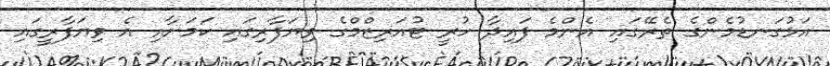
އަޅުގަނޑުމެންގެ ތެރޭގައި އެންމެ ފައިދާ ހުރީ ޓުއަރިޒްމްގެ ވިޔަފާރިގައި ކަމަށާއި އެ ވިޔަފާރީގައި